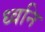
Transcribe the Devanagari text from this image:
ध्‍वनि